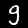
Digit: 9